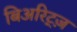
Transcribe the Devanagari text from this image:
बिअरिट्ज़